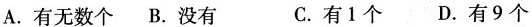
A.有无数个 B.没有 C.有1个 D.有9个